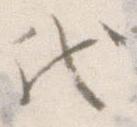
代